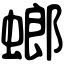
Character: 螂